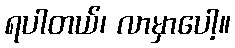
ရပါတယ်၊ လာမှာပေါ့။